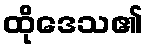
ထိုဒေသ၏